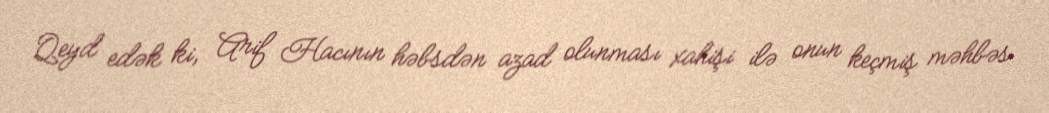
Qeyd edək ki, Arif Hacının həbsdən azad olunması xahişi ilə onun keçmiş məhbəs